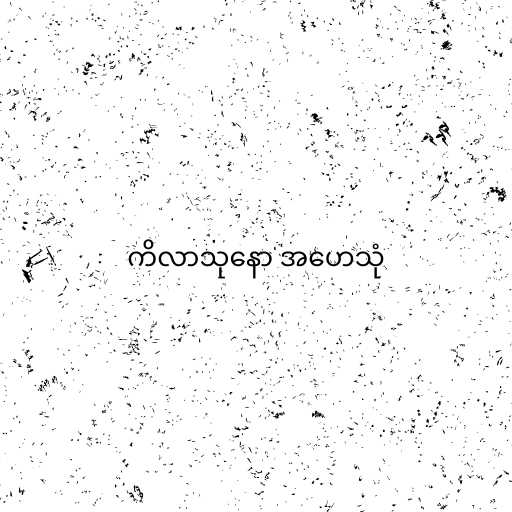
ကိလာသုနော အဟေသုံ